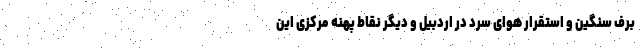
برف سنگین و استقرار هوای سرد در اردبیل و دیگر نقاط پهنه مرکزی این